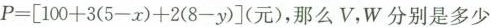
$$P = [ 1 0 0 + 3 ( 5 - x ) + 2 ( 8 - y ) ](元)，那么 V ， W 分别是多少